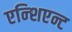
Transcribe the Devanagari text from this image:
एन्शिएन्ट